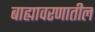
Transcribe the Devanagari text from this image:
बाह्यावरणातील